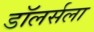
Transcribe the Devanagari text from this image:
डॉलर्सला